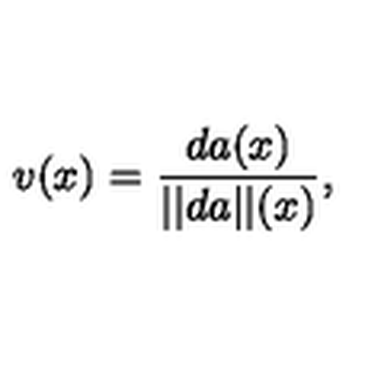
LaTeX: v ( x ) = { \frac { d a ( x ) } { | | d a | | ( x ) } } ,